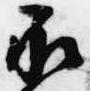
承